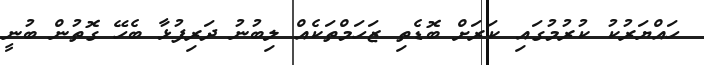
ހައްޔަރުކު ކުރުމުގައި ކަރަށް ބޮޑެތި ޒަހަމްތަކެއް ލިބުނު ދަރިފުޅާ ބެހޭ ގޮތުން ބުނީ